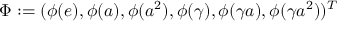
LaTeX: \Phi : = ( \phi ( e ) , \phi ( a ) , \phi ( a ^ { 2 } ) , \phi ( \gamma ) , \phi ( \gamma a ) , \phi ( \gamma a ^ { 2 } ) ) ^ { T }